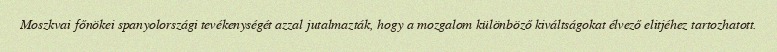
Moszkvai főnökei spanyolországi tevékenységét azzal jutalmazták, hogy a mozgalom különböző kiváltságokat élvező elitjéhez tartozhatott.